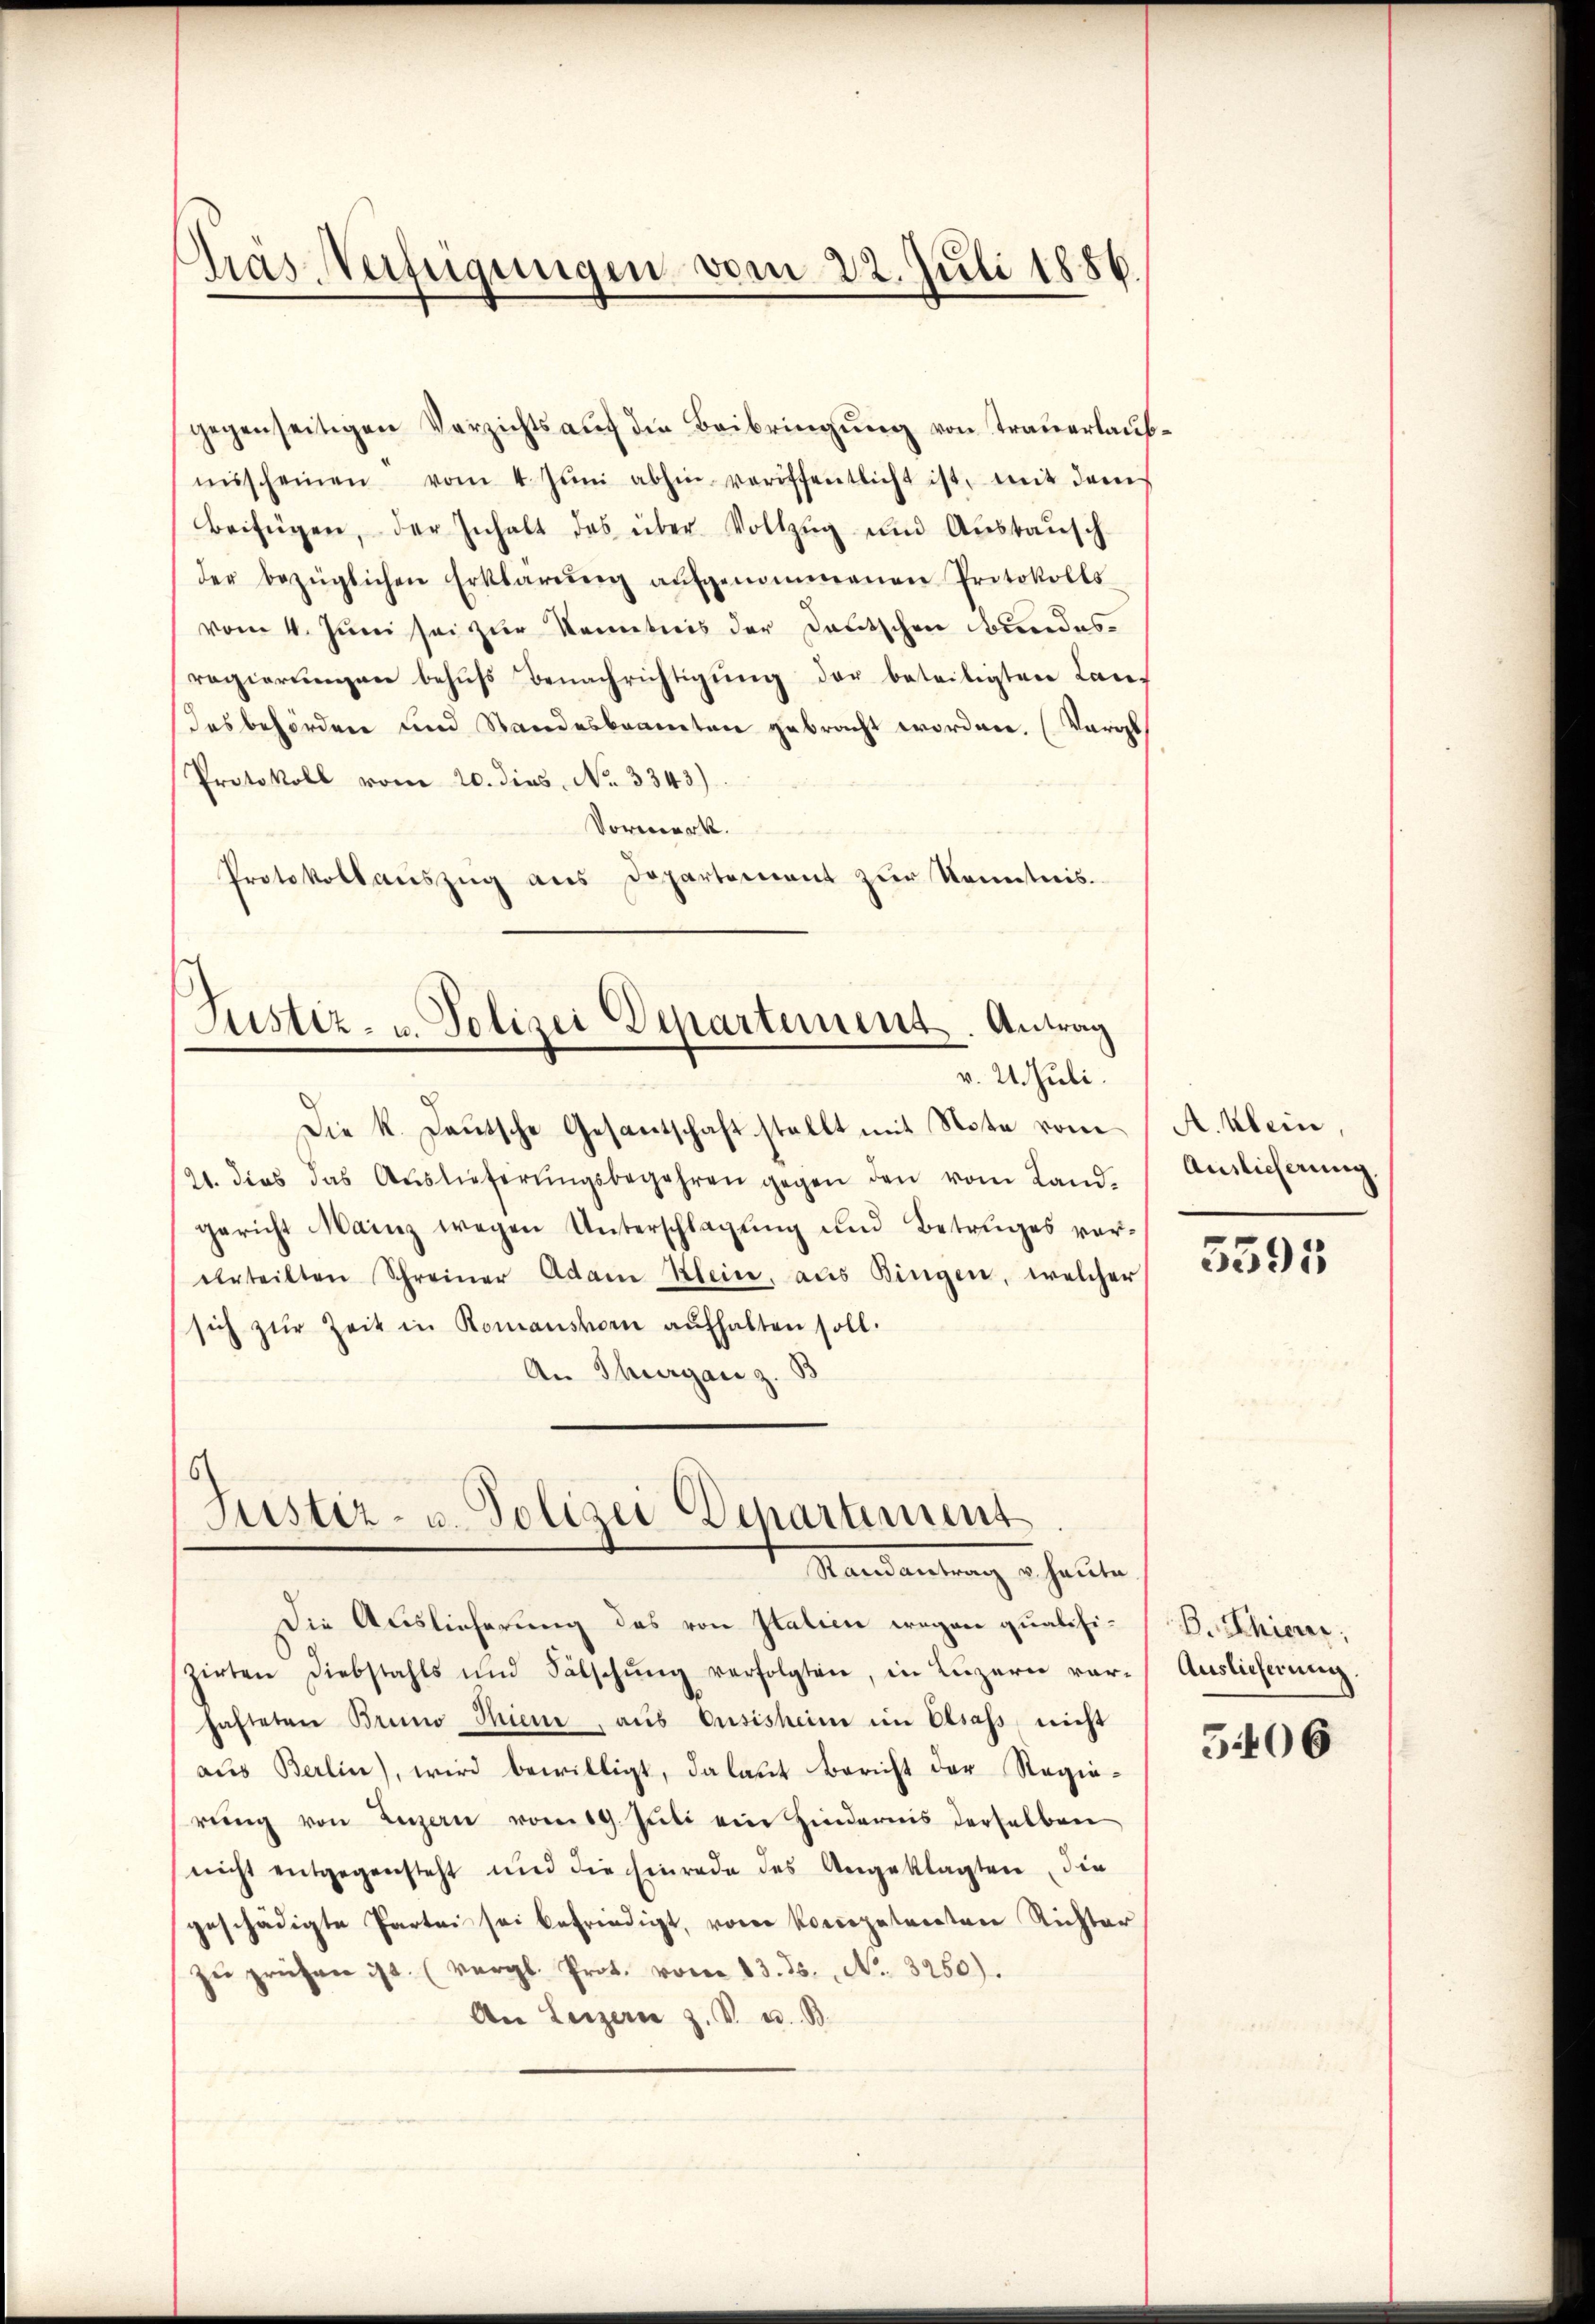
das Verfügungen vom 22. Juli 1886.

gegenseitigen Verzichts aŭf die Beibringŭng von Trauerlaŭb-
misscheinen vom 4. Jŭni abhin veröffentlicht ist, mit dem
Beifügen, der Inhalt des über Vollzug und Austauschder bezüglichen Erklärŭng aŭfgenommenen Protokolls
vom 4. Juni sei zur Kenntnis der Deutschen Bundesregierŭngen behŭfs Benachrichtigŭng der beteiligten Lan¬
Desbehörden und Standesbeamten gebracht worden. (Vergl
Protokoll vom 20. dies No. 3343)
Vorwerk.
Protokollaŭszŭg aŭs Departement zŭr Kenntnis.

Justiz- u. Polizei Departement. Antrag
v. 24. Juli.

Die k. Lautsche Gesantschaft stellt mit Note vom
21. dies das Aŭslieferŭngsbegehren gegen den vom Landgericht Mainz wegen Unterschlagung und Betruges ver¬
Urteilten Schreiner Adam Klein, aus Bingen, welcher
sich zŭr Zeit in Romanshorn aŭfhalten soll.
An Thurgare z. B.

Justiz- u. Polizei-Departement
Mandantung so heute

Die Auslieferung das von Italien wegen qualifizirten Diebstahls und Fälschŭng verfolgten, in Lŭzern var-Auslieferŭng.
hafteten Bruno Thiene, aŭs eusisheim im Elsass nicht
aus Berlin), wird bewilligt, da laut Bericht der Regierŭng von Luzern vom 19. Jŭli ein Hindernis derselben
nicht entgegensteht und die Einrade des Angeklagten die
geschädigte Partei sei befriedigt, von Kompetenten Richter
zu prüfen ist. (vergl. Prot. vom 13. ds. No. 3250).
An Luzern z. B. u. B.

A. klein
Auslicherung

5595

B. Thien,

5406